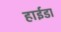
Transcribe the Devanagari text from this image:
हाईडा